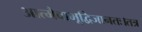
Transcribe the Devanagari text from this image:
आत्मैवाभूद्विजानतः।तत्र